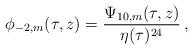
LaTeX: \begin{align*} \phi_{-2,m}(\tau,z)=\frac{\Psi_{10,m}(\tau,z)}{\eta(\tau)^{24}}\,,\end{align*}